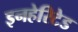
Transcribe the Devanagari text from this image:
इनहेरिटेड